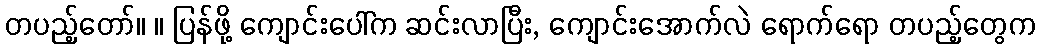
တပည့်တော်။ ။ ပြန်ဖို့ ကျောင်းပေါ်က ဆင်းလာပြီး, ကျောင်းအောက်လဲ ရောက်ရော တပည့်တွေက